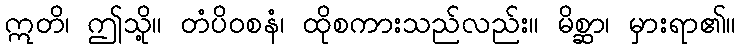
ဣတိ၊ ဤသို့။ တံပိဝစနံ၊ ထိုစကားသည်လည်း။ မိစ္ဆာ၊ မှားရာ၏။